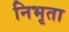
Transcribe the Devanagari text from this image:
निभृता